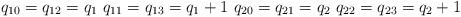
LaTeX: \begin{align*}q_{10}=q_{12}=q_1\,\, q_{11}=q_{13}=q_1+1 \,\, q_{20}=q_{21}=q_2\,\, q_{22}=q_{23}=q_2+1\end{align*}